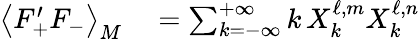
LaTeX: \begin{array}{rl}{\left\langle F_{+}^{\prime}F_{-}\right\rangle_{M}}&{{}=\sum_{k=-\infty}^{+\infty}k\, X_{k}^{\ell,m}X_{k}^{\ell,n}}\end{array}